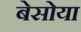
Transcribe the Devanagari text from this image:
बेसोया